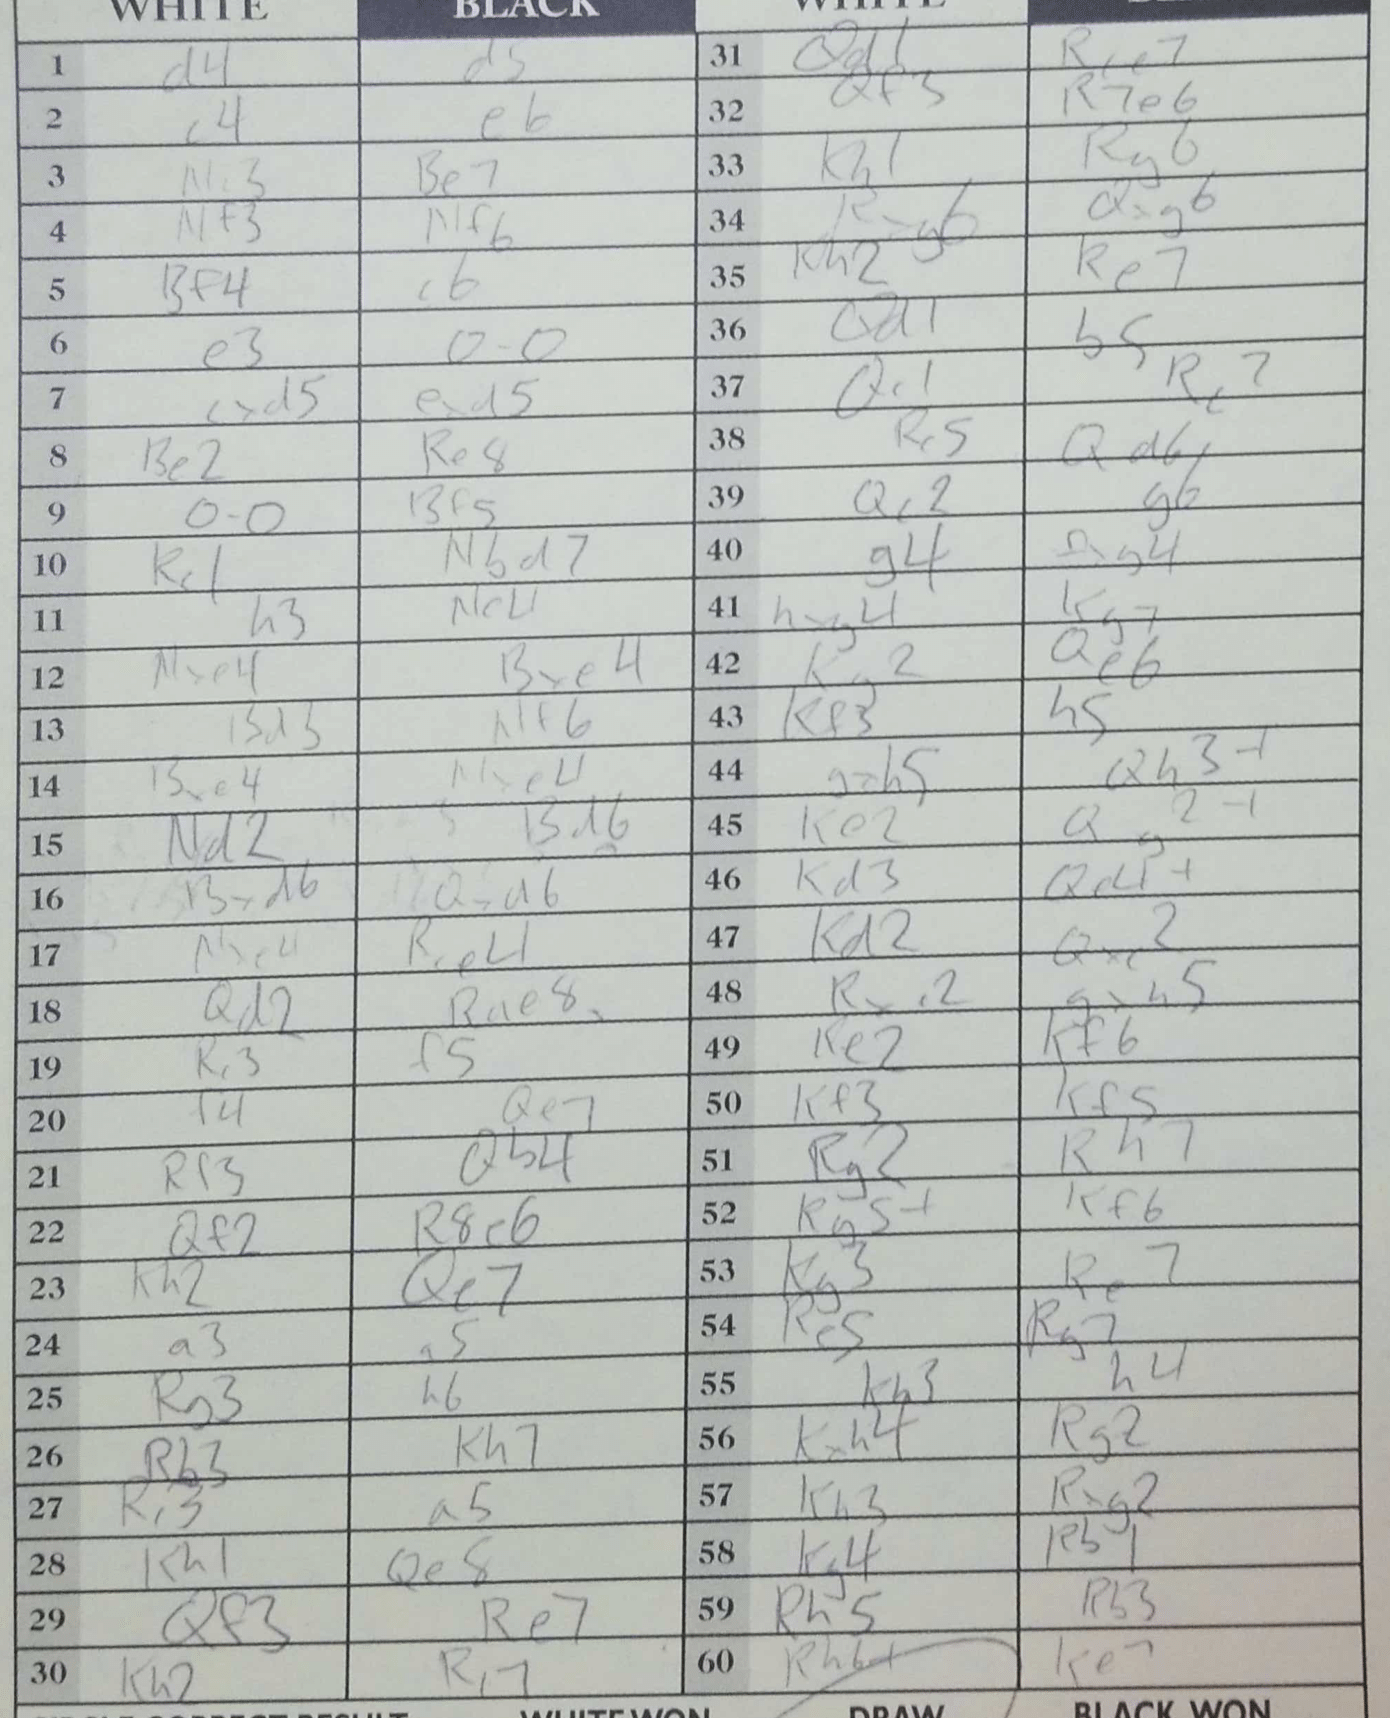
Moves: d4 d5 c4 e6 Nc3 Be7 Nf3 Nf6 Bf4 c6 e3 O-O cxd5 exd5 Be2 Re8 O-O Bf5 Rc1 Nbd7 h3 Nc4 Nxe4 Bxe4 Bd3 Nf6 Bxe4 Nxe4 Nd2 Bd6 Bxd6 Qxa6 Qd2 Rae8 Nxe4 Rae8 Rc3 f5 f4 Qe7 Rf3 Qb4 Qf2 R8e6 Kh2 Qe7 a3 a5 Rg3 h6 Rb3 Kh7 Rc3 a5 Kh1 Qe8 Qf3 Re7 Kh2 Rc7 Qd1 Rce7 Qf3 R7e6 Kh1 Rg6 Rxg6 Qxg6 Kh2 Re7 Qd1 b5 Qc1 Rc7 Rc5 Qd6 Qc2 g6 g4 Qxg4 hxg4 Kg7 Kg2 Qe6 Kf3 h5 gxh5 Qh3+ Ke2 Qg2+ Kd3 Qe4+ Kd2 Qxc2 Rxe2 gxh5 Ke2 Kf6 Kf3 Kf5 Rg2 Rh7 Rg5+ Kf6 Re5 Re7 Re5 Rg7 Kh3 h4 Kxh4 Rg2 Kh3 Rxg2 Kg4 Rb1 Rh5 Rb3 Rh6+ Ke7